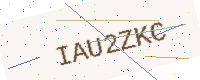
Text: IAU2ZKC